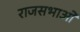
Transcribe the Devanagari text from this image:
राजसभाओं